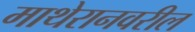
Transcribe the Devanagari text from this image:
माथेरानवरील